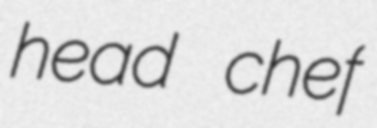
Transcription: head chef